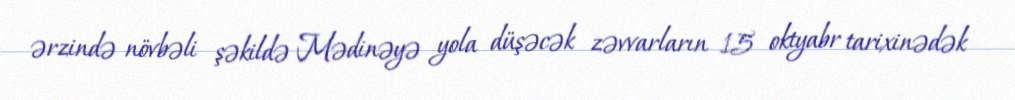
ərzində növbəli şəkildə Mədinəyə yola düşəcək zəvvarların 15 oktyabr tarixinədək